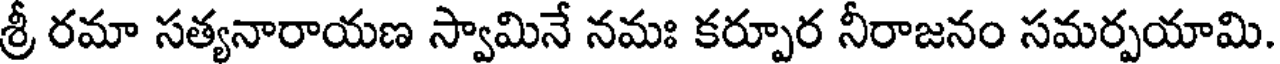
శ్రీ రమా సత్యనారాయణ స్వామినే నమః కర్పూర నీరాజనం సమర్పయామి.